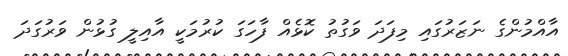
އާއްމުންގެ ނަޒަރުގައި މިފަދަ ވަގުތު ކޮޅެއް ފާހަގަ ކުރުމަކީ އާއިލީ ގުޅުން ވަރުގަދަ